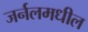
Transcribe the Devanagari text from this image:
जर्नलमधील